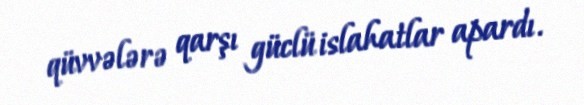
qüvvələrə qarşı güclü islahatlar apardı.